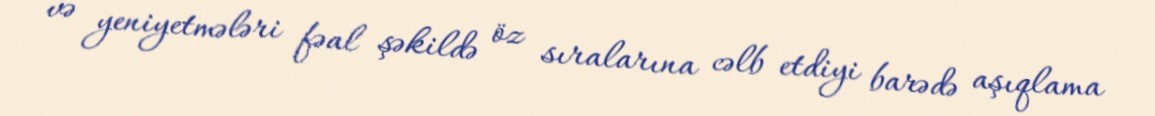
və yeniyetmələri fəal şəkildə öz sıralarına cəlb etdiyi barədə aşıqlama